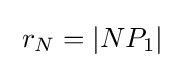
\;r_{N}=|NP_{1}|\;